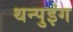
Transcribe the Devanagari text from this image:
थन्पुइंग